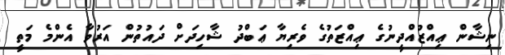
ނިޝާން ޢިއްޒުއްދީނުގެ ޢިއްޒަތުގެ ވެރިޔާ ޢަބްދު ޝާހިދަށް ދައުތުން އަރުވާ އެންމެ މަތީ